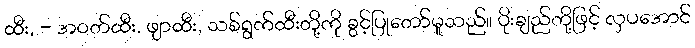
ထီး, - အဝတ်ထီး, ဖျာထီး, သစ်ရွက်ထီးတို့ကို ခွင့်ပြုတော်မူသည်။ ပိုးချည်တို့ဖြင့် လှပအောင်